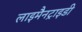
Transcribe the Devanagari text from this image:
लाइमैनट्राइडी